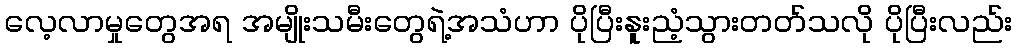
လေ့လာမှုတွေအရ အမျိုးသမီးတွေရဲ့အသံဟာ ပိုပြီးနူးညံ့သွားတတ်သလို ပိုပြီးလည်း